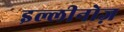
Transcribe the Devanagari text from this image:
इल्लीनोज़